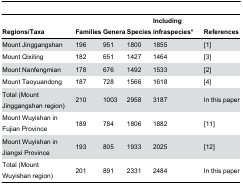
<table><thead><tr><td><b>Regions/Taxa</b></td><td><b>Families</b></td><td><b>Genera</b></td><td><b>Species</b></td><td><b>Including infraspecies*</b></td><td><b>References</b></td></tr></thead><tbody><tr><td>Mount Jinggangshan</td><td>196</td><td>951</td><td>1800</td><td>1855</td><td> [1]</td></tr><tr><td>Mount Qixiling</td><td>182</td><td>651</td><td>1427</td><td>1464</td><td> [3]</td></tr><tr><td>Mount Nanfengmian</td><td>178</td><td>676</td><td>1492</td><td>1533</td><td> [2]</td></tr><tr><td>Mount Taoyuandong</td><td>187</td><td>728</td><td>1566</td><td>1618</td><td> [4]</td></tr><tr><td>Total (Mount Jinggangshan region)</td><td>210</td><td>1003</td><td>2958</td><td>3187</td><td>In this paper</td></tr><tr><td>Mount Wuyishan in Fujian Province</td><td>189</td><td>784</td><td>1806</td><td>1882</td><td> [11]</td></tr><tr><td>Mount Wuyishan in Jiangxi Province</td><td>193</td><td>805</td><td>1933</td><td>2025</td><td> [12]</td></tr><tr><td>Total (Mount Wuyishan region)</td><td>201</td><td>891</td><td>2331</td><td>2484</td><td>In this paper</td></tr></tbody></table>